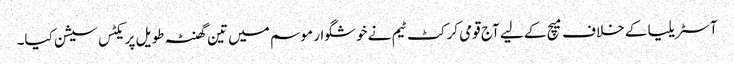
آسٹریلیا کے خلاف میچ کے لیے آج قومی کرکٹ ٹیم نے خوشگوار موسم میں تین گھنٹہ طویل پریکٹس سیشن کیا۔